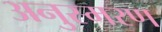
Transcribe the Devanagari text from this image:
अनुस्मरण